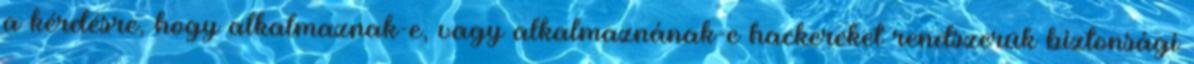
a kérdésre, hogy alkalmaznak-e, vagy alkalmaznának-e hackereket rendszerük biztonsági